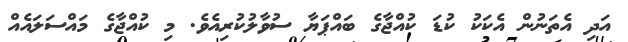
އަދި އެތަނުން އެކަކު ކުޑަ ކުއްޖާގެ ބައްޕަޔާ ސުވާލުކުރިއެވެ. މި ކުއްޖާގެ މައްސަލައެއް